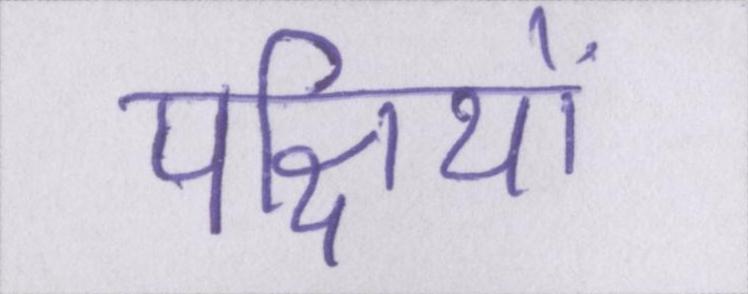
पक्षियों